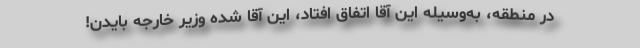
در منطقه، به‌وسیله این آقا اتفاق افتاد، این آقا شده وزیر خارجه بایدن!